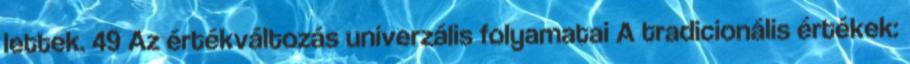
lettek. 49 Az értékváltozás univerzális folyamatai A tradicionális értékek: